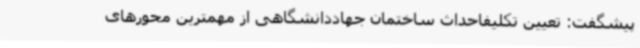
پیشگفت: تعیین تکلیفاحداث ساختمان جهاددانشگاهی از مهمترین محورهای